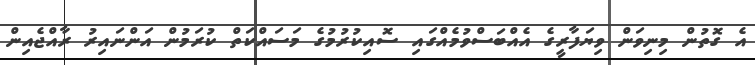
އެ ގޮތުން މިނިވަން ވިޔަފާރީގެ އެއްބަސްވުމެއްގައި ސޮއިކުރުމުގެ މަސައްކަތް ކުރަމުން އަންނައިރު ރާއްޖެއިން